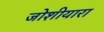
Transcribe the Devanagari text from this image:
जोशीयारा